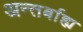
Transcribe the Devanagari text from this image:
अन्तर्बाह्य